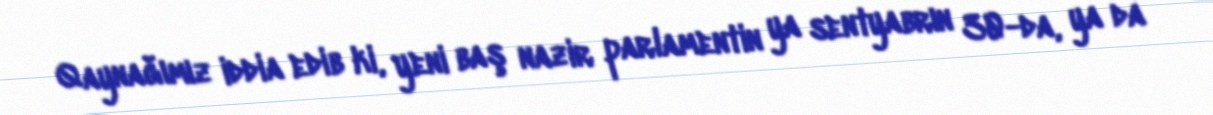
Qaynağımız iddia edib ki, yeni baş nazir parlamentin ya sentyabrın 30-da, ya da